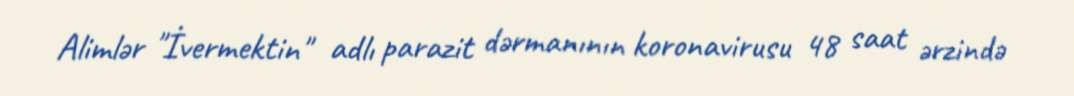
Alimlər "İvermektin" adlı parazit dərmanının koronavirusu 48 saat ərzində